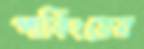
পার্কিংয়ের